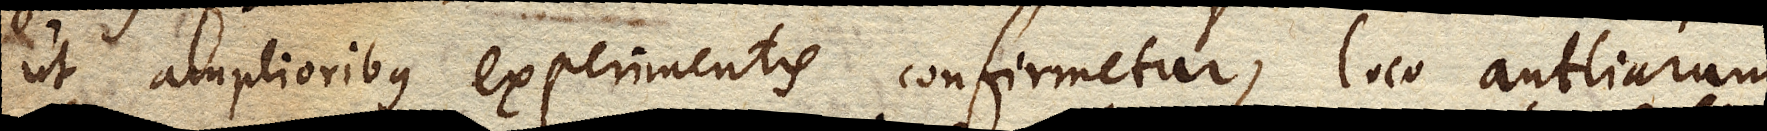
ut amplioribus experimentis confirmetur, loco antliarum